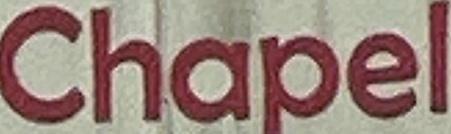
Chapel